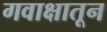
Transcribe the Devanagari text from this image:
गवाक्षातून